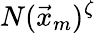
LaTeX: N(\vec{x}_{m})^{\zeta}